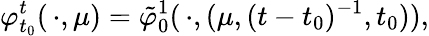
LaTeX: \varphi_{t_{0}}^{t}(\, \cdot,\mu)=\tilde{\varphi}_{0}^{1}(\, \cdot,(\mu,(t-t_{0})^{-1},t_{0})),